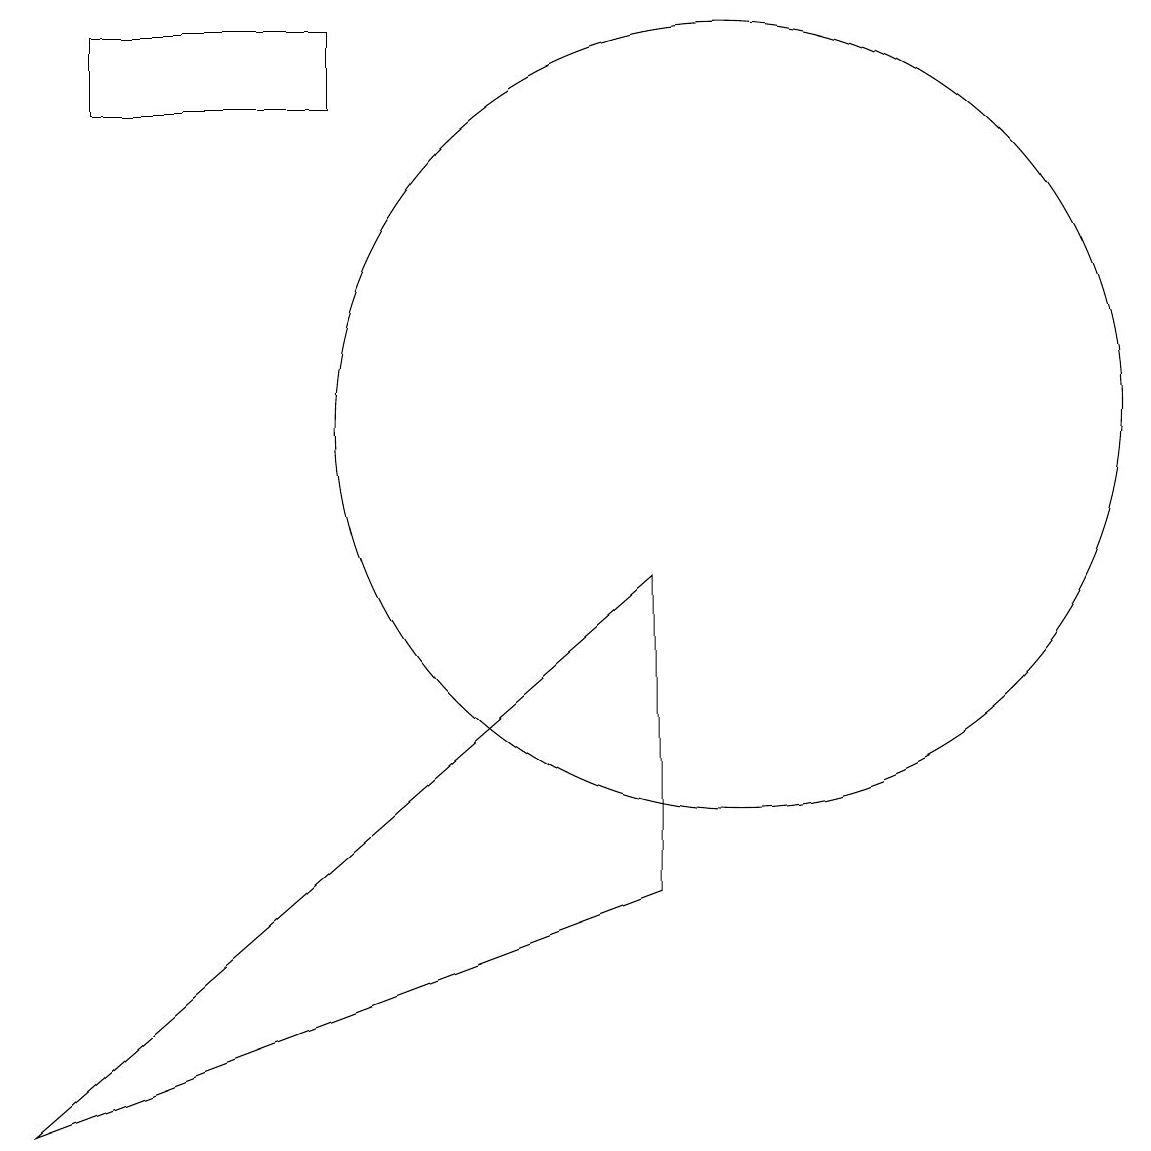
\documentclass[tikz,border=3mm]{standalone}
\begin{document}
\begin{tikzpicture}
\draw (9,9) -- (1,2) -- (9,5) -- cycle;
\draw (10,11) circle (5);
\draw (2,16) rectangle (5,15);
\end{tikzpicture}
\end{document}